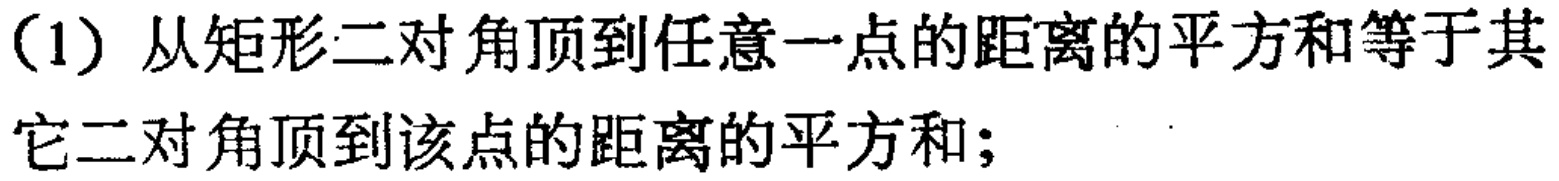
(1) 从矩形二对角顶到任意一点的距离的平方和等于其它二对角顶到该点的距离的平方和；